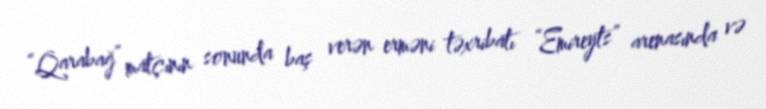
“Qarabağ” matçının sonunda baş verən erməni təxribatı “Emireyts” arenasında və